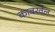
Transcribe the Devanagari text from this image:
कावरवेल